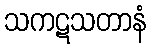
သကဋသတာနံ